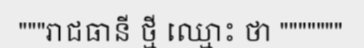
"""រាជធានី ថ្មី ឈ្មោះ ថា """""""